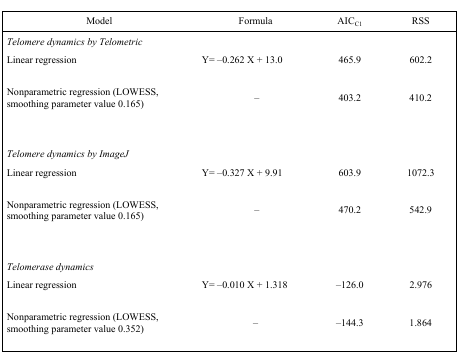
| Model | Formula | AICC1 | RSS |
 | --- | --- | --- | --- |
 | Telomere dynamics by Telometric |  |  |  |
 | Linear regression | Y= −0.262 X + 13.0 | 465.9 | 602.2 |
 | Nonparametric regression (LOWESS, smoothing parameter value 0.165) | – | 403.2 | 410.2 |
 | Telomere dynamics by ImageJ |  |  |  |
 | Linear regression | Y= −0.327 X + 9.91 | 603.9 | 1072.3 |
 | Nonparametric regression (LOWESS, smoothing parameter value 0.165) | – | 470.2 | 542.9 |
 | Telomerase dynamics |  |  |  |
 | Linear regression | Y= −0.010 X + 1.318 | −126.0 | 2.976 |
 | Nonparametric regression (LOWESS, smoothing parameter value 0.352) | – | −144.3 | 1.864 |